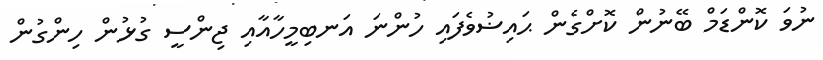
ނުވަ ކޮންޑަމް ބޭނުން ކޮށްގެން ޙައިޟުވެފައި ހުންނަ އަނބިމީހާއާއި ޖިންސީ ގުޅުން ހިންގުން